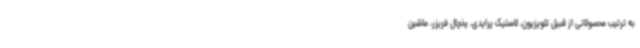
به ترتیب محصولاتی از قبیل تلویزیون، لاستیک پرایدی، یخچال فریزر، ماشین